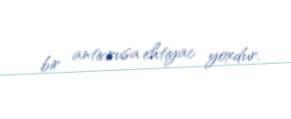
bir antivirusa ehtiyac yoxdur.